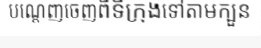
បណ្តេញចេញពីទីក្រុងទៅតាមក្បួន